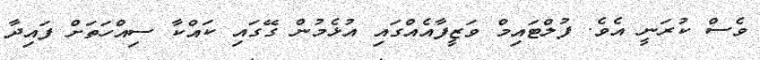
ވެސް ކުރަނީ އެވެ. ފުލްޓައިމް ވަޒީފާއެއްގައި އުޅެމުން ގޭގައި ކައްކާ ސިއްހަތަށް ފައިދާ